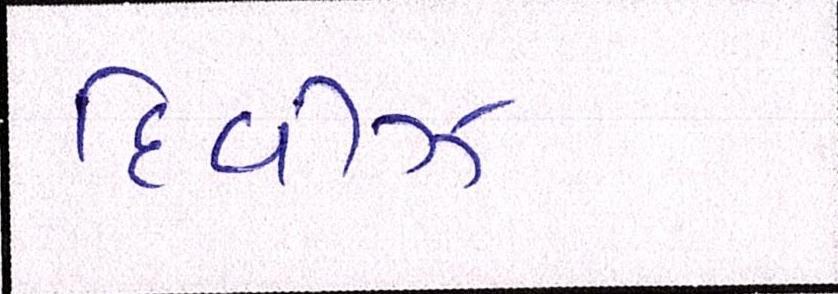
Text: દિવીઝ